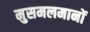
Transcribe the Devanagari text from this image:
मुसमलमानों